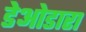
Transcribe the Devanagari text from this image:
डेओडारा